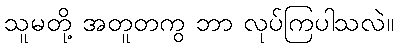
သူမတို့ အတူတကွ ဘာ လုပ်ကြပါသလဲ။